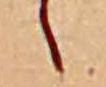
し